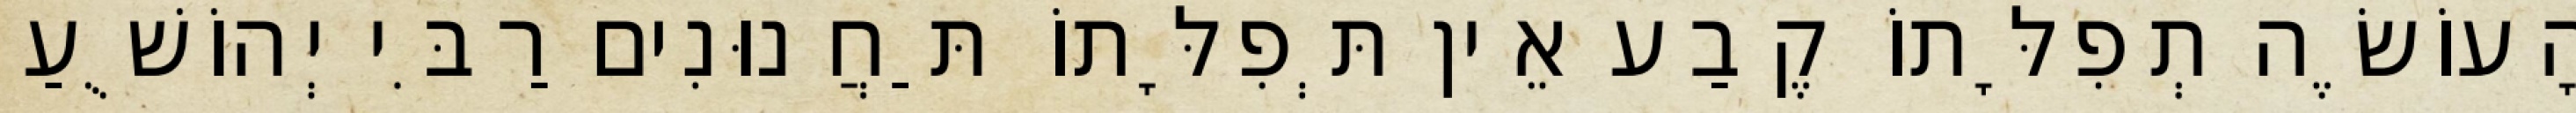
הָעוֹשֶׂה תְפִלָּתוֹ קֶבַע אֵין תְּפִלָּתוֹ תַּחֲנוּנִים רַבִּי יְהוֹשֻׁעַ